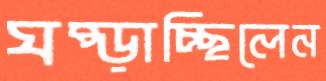
ঘষ্‌ড়াচ্ছিলেন